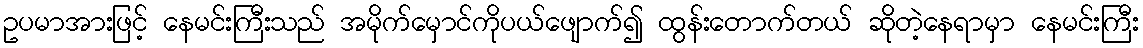
ဥပမာအားဖြင့် နေမင်းကြီးသည် အမိုက်မှောင်ကိုပယ်ဖျောက်၍ ထွန်းတောက်တယ် ဆိုတဲ့နေရာမှာ နေမင်းကြီး